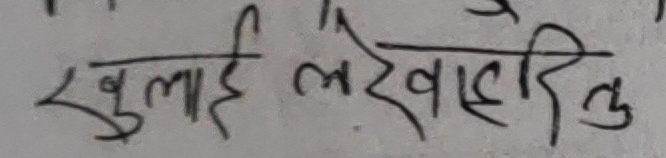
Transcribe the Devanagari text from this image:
खुलाई लेखिएतु